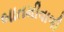
બાતમીવાળી